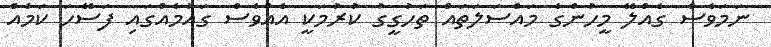
ނަމަވެސް ގެއްލޭ މީހުންގެ މައްސަލަތައް ތަހުގީގު ކުރުމަކީ އެއްވެސް ގައުމެއްގައި ފަސޭހަ ކަމެއް